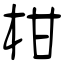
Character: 柑